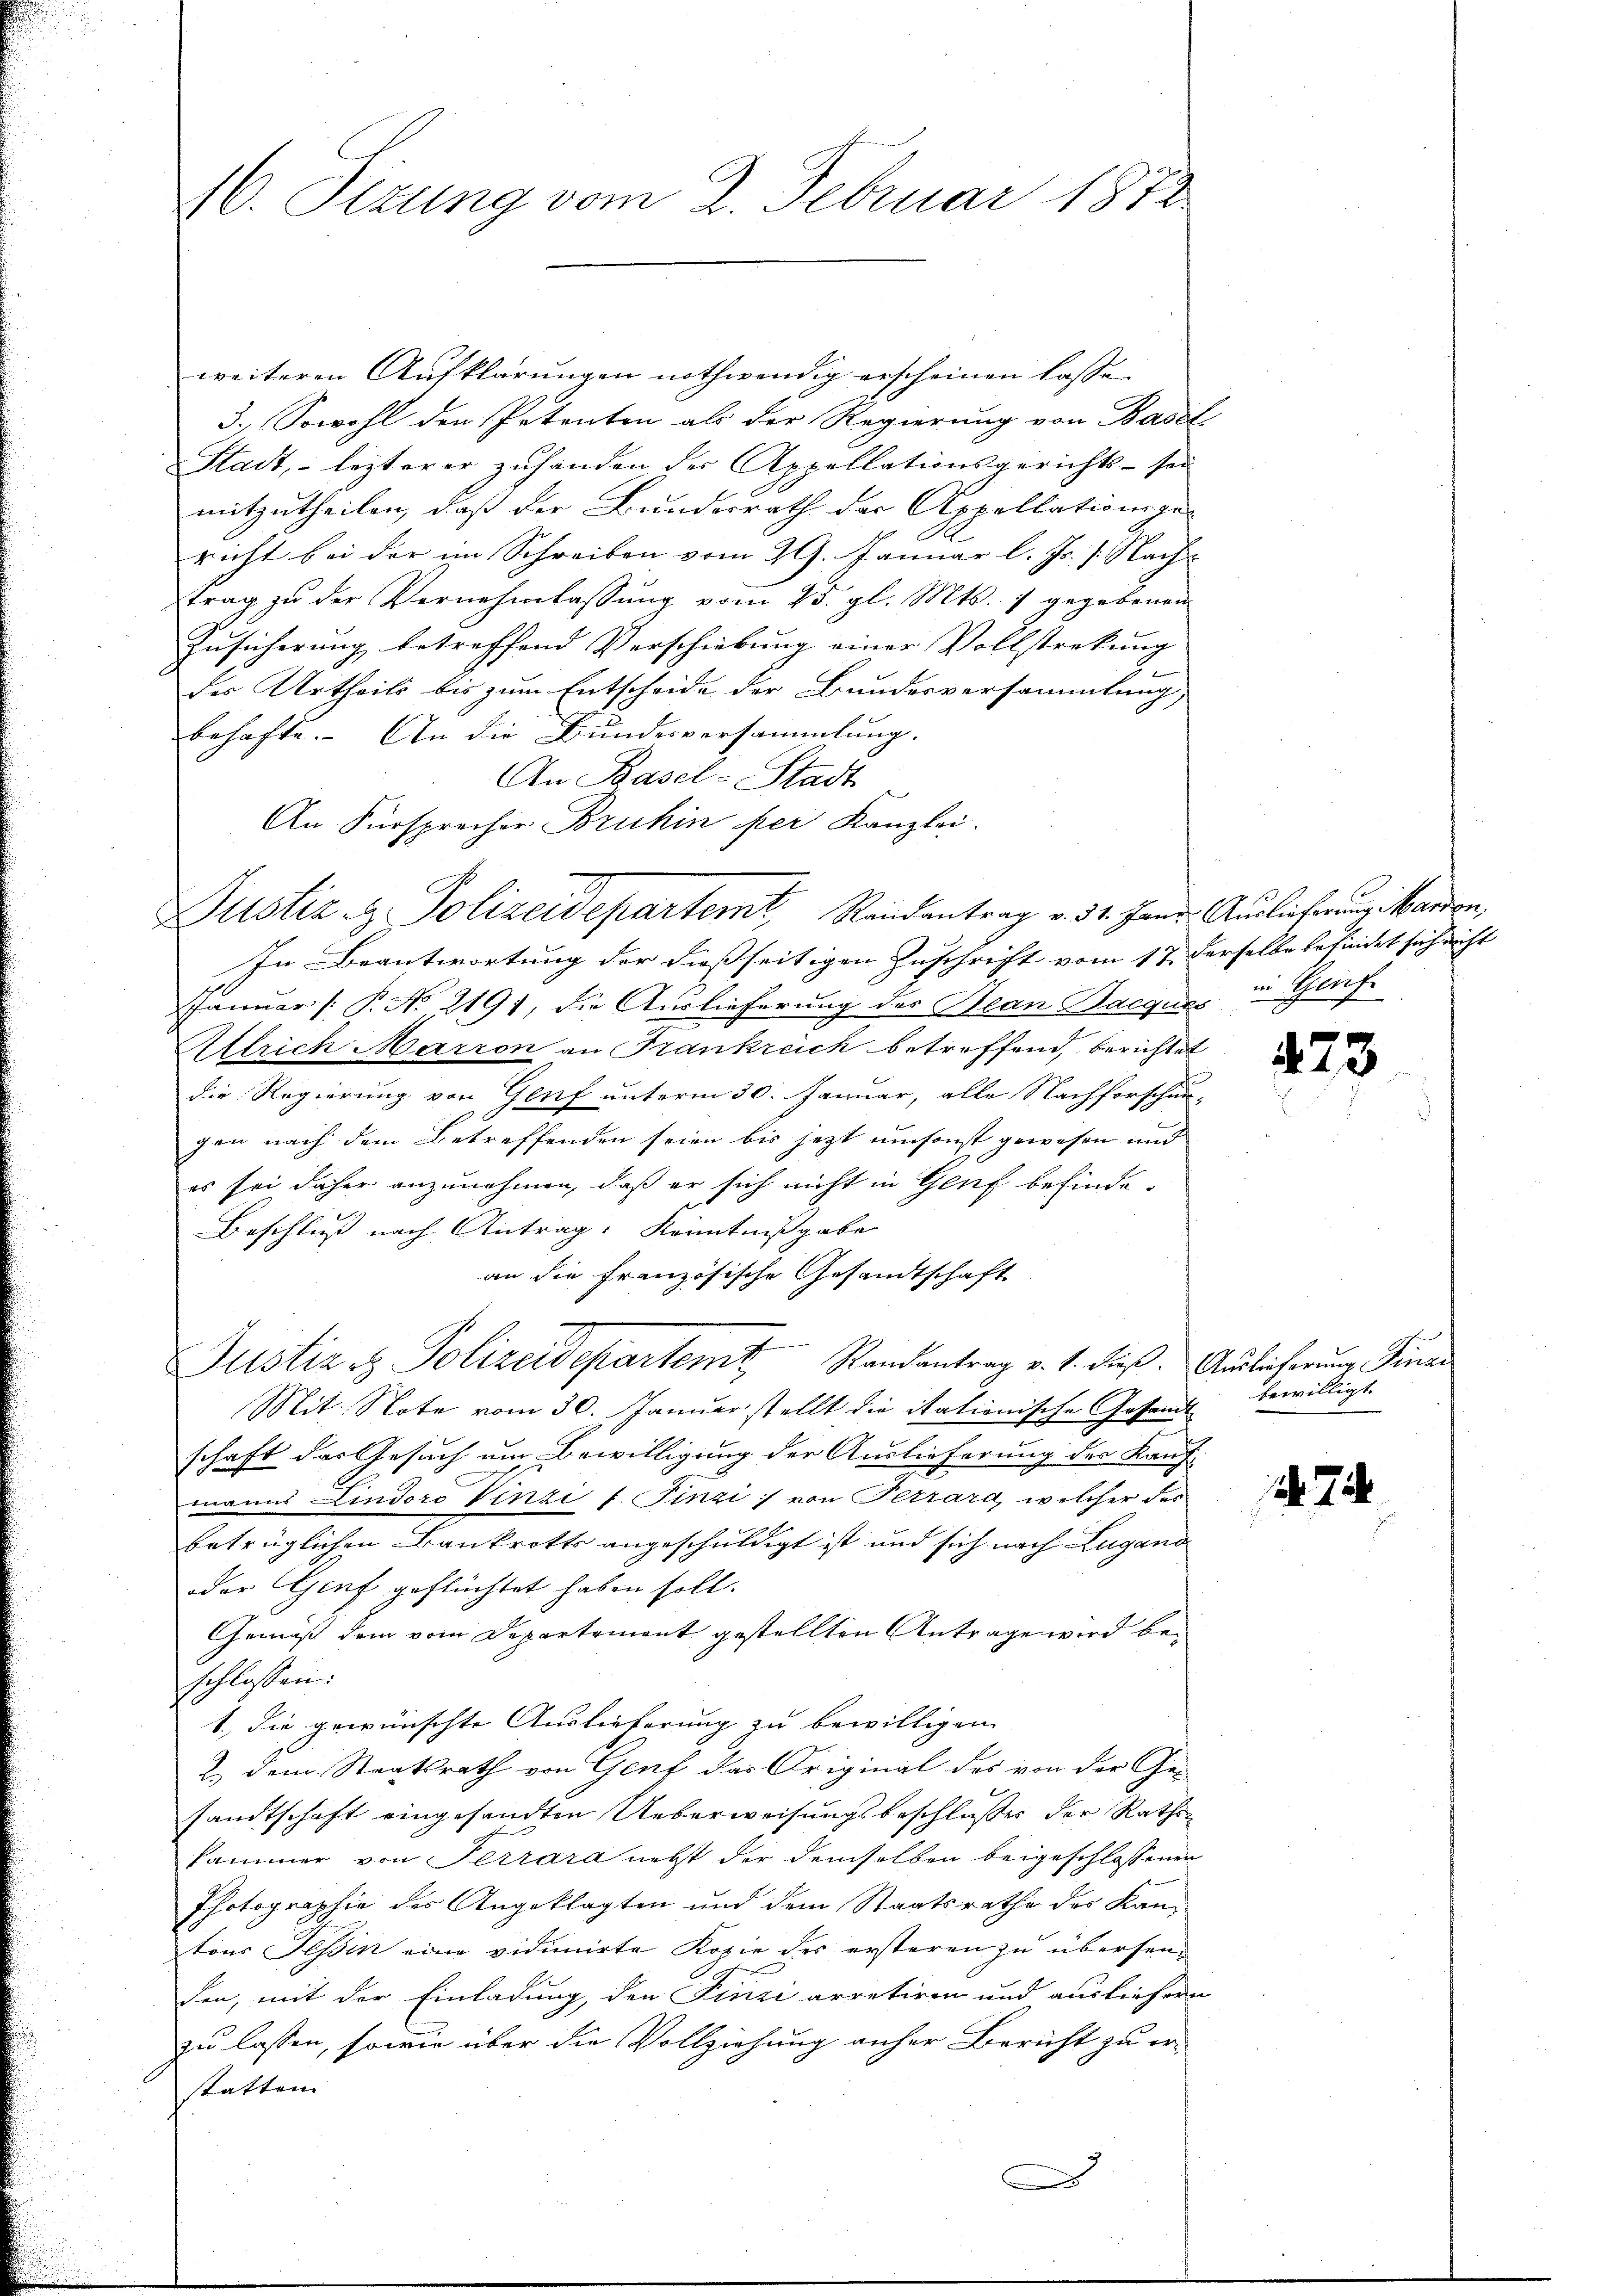
16. Sizung vom 2. Februar 1872

weiteren Aufklärungen nothwendig erscheinen lasse.
3. Sowohl den Petenten als der Regierung von Basel-
Stadt, lezterer zŭhanden der Appellationsgerichts- sei
mitzutheilen, daß der Bundesrath der Appellationsge-
richt bei der im Schreiben vom 29. Januar l. Js. Nachtrag zu der Vernehmlassung vom 25. gl. Mts. 1 gegebenen
Zusicherung betreffend Verschiebung einer Vollstreckung |
J
der Urtheils bis zum Entscheide der Bundesversammlung,
behafte. An die Bundesversammlung.
An Basel-Stadt
An Fürsprecher Bruhin per Kanzlei.
In Beantwortung der dießseitigen Zuschrift vom 17. derselbe befindet sich nicht
Januar (: P. No. 2191, die Auslieferung des Bean Bacques
Allrich Marron an Frankreich betreffend, berichtet
die Regierung von Genf unterm 30. Januar, alle Nachforschun-
gen nach dem Betreffenden seien bis jetzt umsonst gewesen und
es sei daher anzunehmen, daß er sich nicht in Genf befinde-
Beschluß nach Antrag: Kenntnißgabe
an die Französische Gesandtschaft
Justiz & Polizeidepartem Randantrag v. 1. dieß. Auslieferung Finan
Mit Note vom 30. Januar stellt die itationische Gesandt bewilligt.
schaft das Gesuch um Bewilligung der Auslieferung des Kauf-
manns Lindoro Vinzi t. Finzi von Terrard, welcher das
betrüglichen Bankrotts angeschuldigt ist und sich nach Lugano
der Genf geflüchtet haben soll.
Gemäß dem vom Departement gestellten Antrage wird beschlossen:
1., die gewünschte Auslieferung zu bewilligen
2.) Dem Staatsrath von Genf das Original des von der Ge-
sandtschaft eingesandten Ueberweisungsbeschlußes der Rathskammer von Terrara nebst der demselben beigeschlossenen
Photographie des Angeklagten und dem Staatsrathe des Kantons Tessin eine vidimirte Kopie des ersteren zu übersenden, mit der Einladung, den Finzi arretiren und ausliefern
zu lassen, sowie über die Vollziehung anher Bericht zu er-
statten. |

Justiz & Polizeidepartemt Randantrag v. 31. Janr. Auslicherung anden,

s

in Genf

73

4.7.